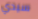
سيدي